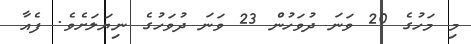
މި މަހުގެ 20 ވަނަ ދުވަހުން 23 ވަނަ ދުވަހުގެ ނިޔަލަށެވެ. ފެއާ